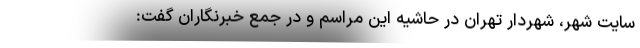
سایت شهر، شهردار تهران در حاشیه این مراسم و در جمع خبرنگاران گفت: